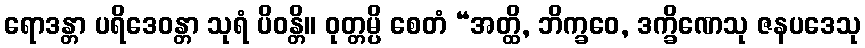
ရောဒန္တာ ပရိဒေဝန္တာ သုရံ ပိဝန္တိ။ ဝုတ္တမ္ပိ စေတံ “အတ္ထိ, ဘိက္ခဝေ, ဒက္ခိဏေသု ဇနပဒေသု